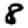
Digit: 8